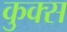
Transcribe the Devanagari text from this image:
कुक्स